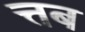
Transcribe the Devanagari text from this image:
त्तब